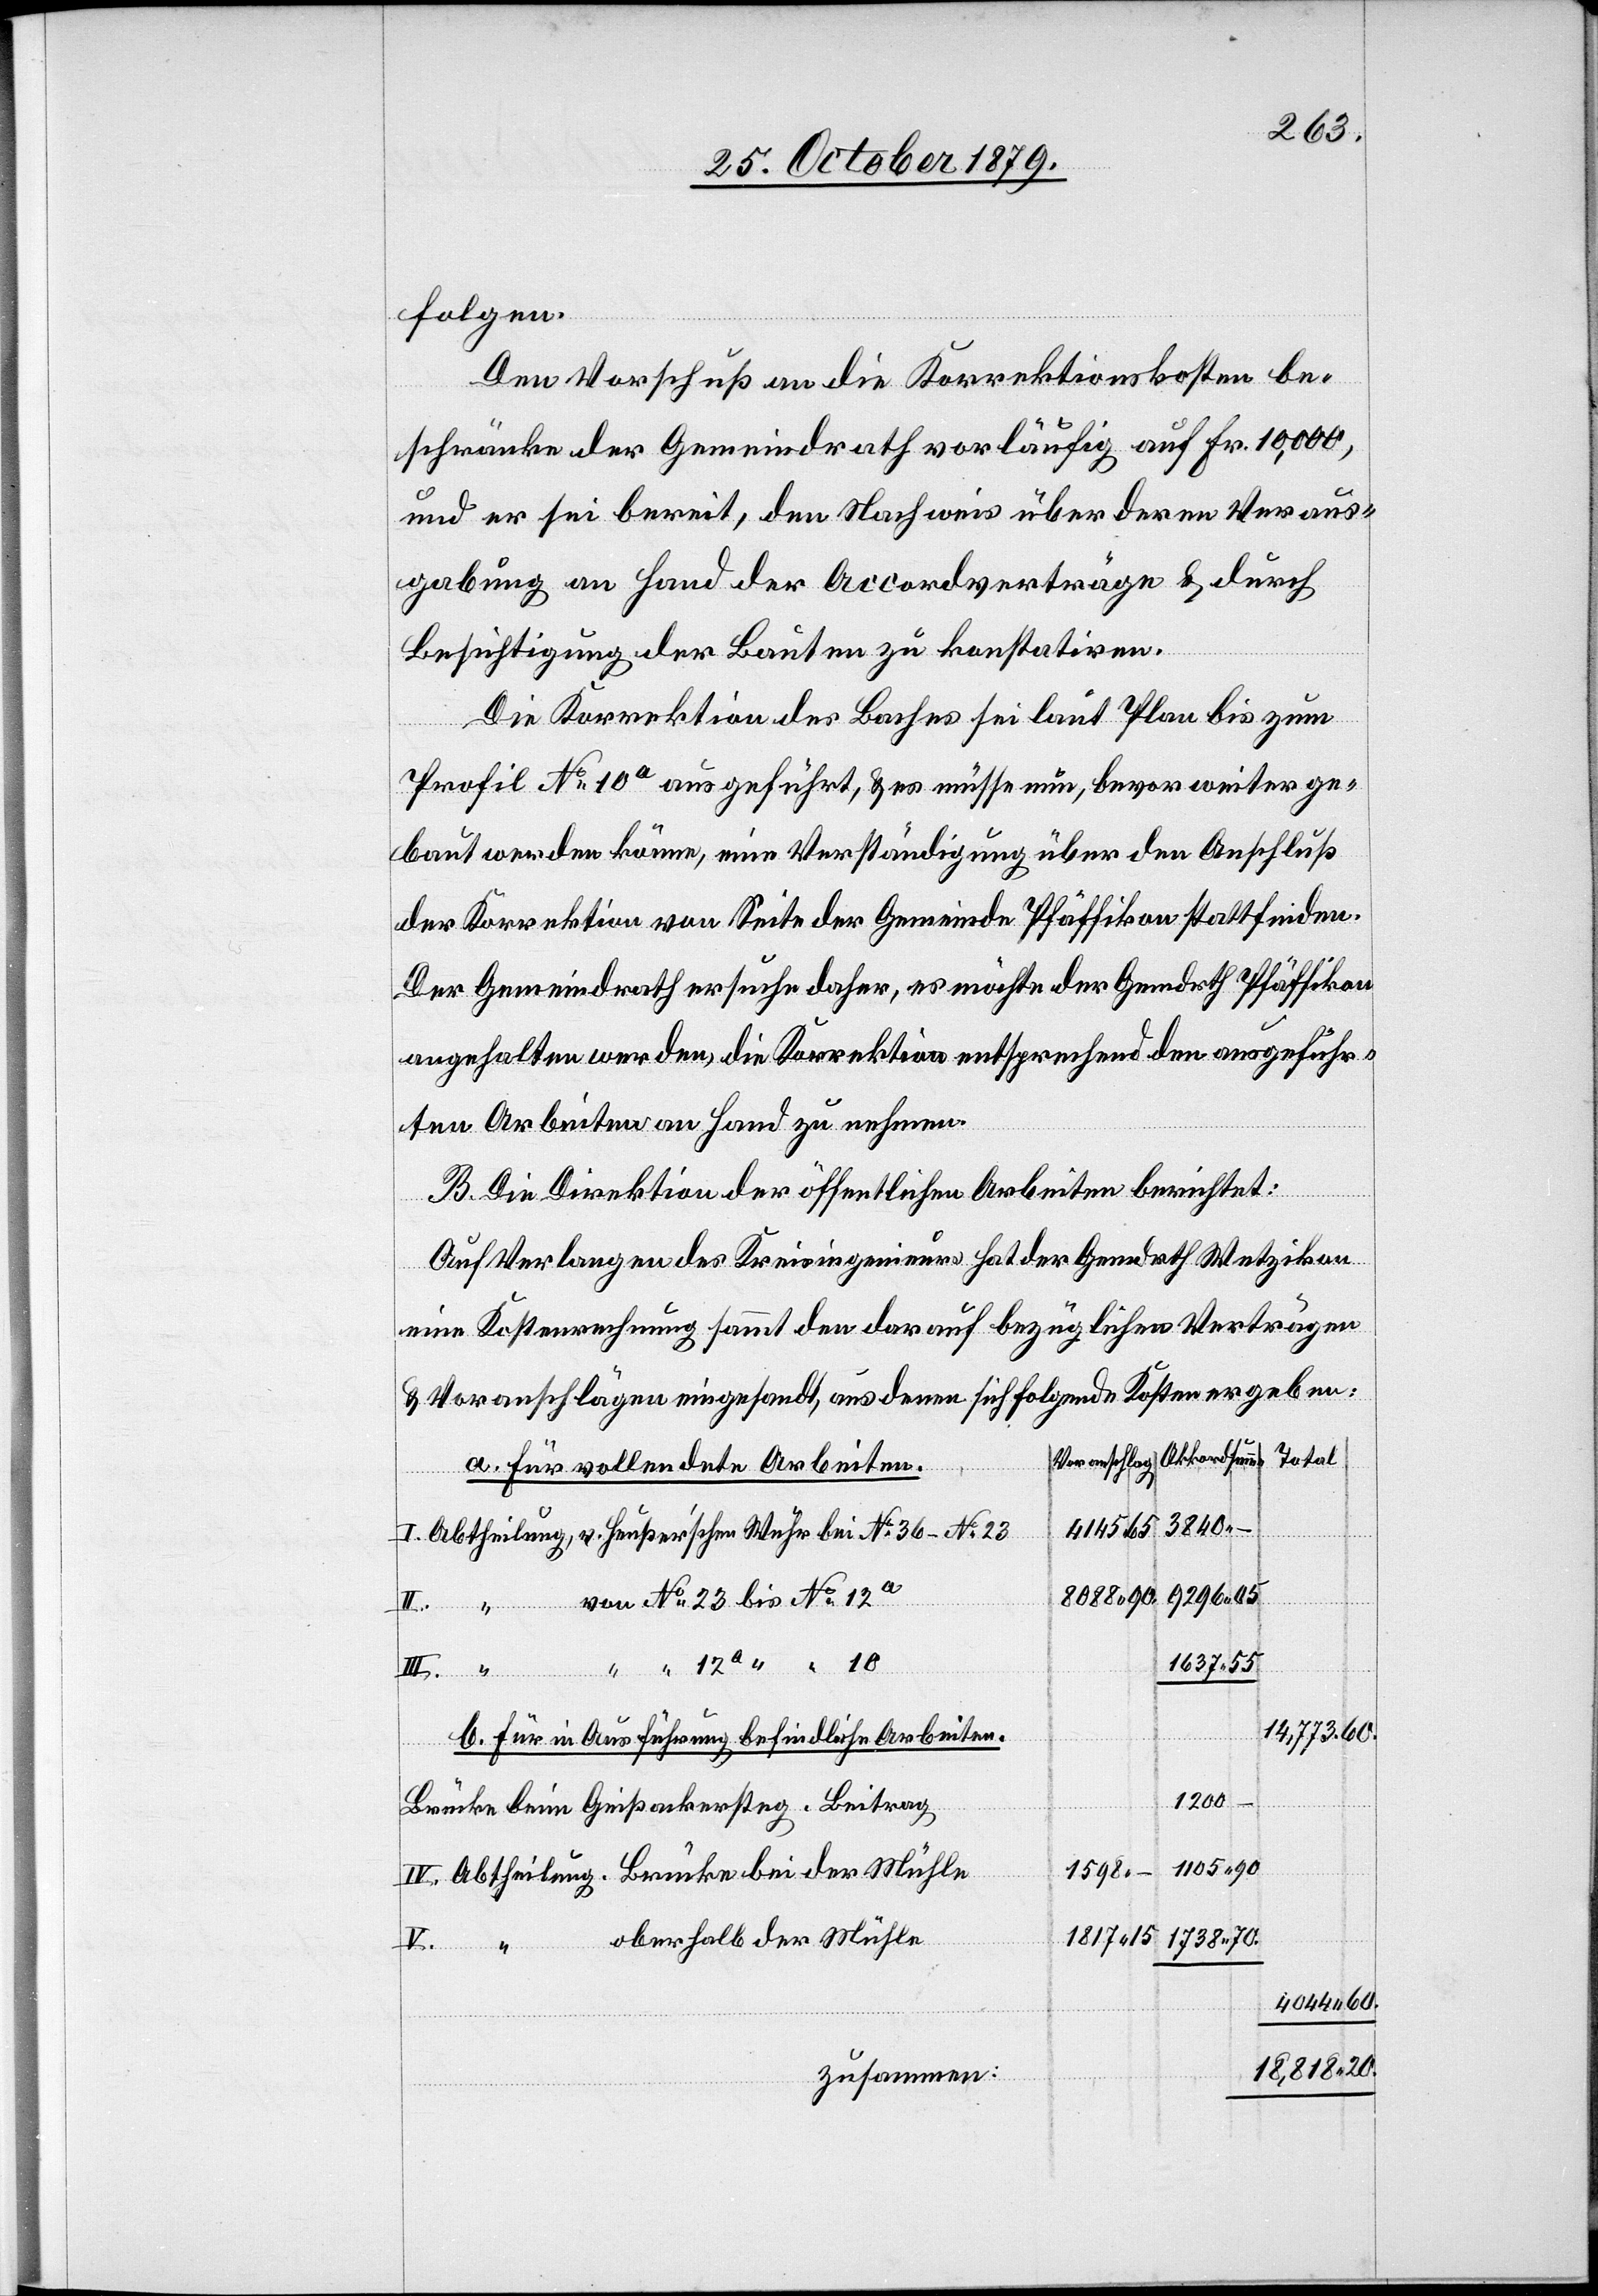
8088
folgen.
Den Vorschuß an die Korrektionskosten be¬
schränke der Gemeindrath vorläufig auf Fr. 10,000,
und er sei bereit, den Nachweis über deren Veraus¬
gabung an Hand der Accordverträge & durch
Besichtigung der Bauten zu konstatiren.
Die Korrektion des Baches sei laut Plan bis zum
Profil No 10 ausgeführt, & es müsse nun, bevor weiter ge¬
baut werden könne, eine Verständigung über den Anschluß
der Korrektion von Seite der Gemeinde Pfäffikon stattfinden.
Der Gemeindrath ersuche daher, es möchte der Gemdrth Pfäffikon
angehalten werden, die Korrektion entsprechend den ausgeführ¬
ten Arbeiten an Hand zu nehmen.
V.
B. Die Direktion der öffentlichen Arbeiten berichtet:
Auf Verlangen des Kreisingenieurs hat der Gemdrth Wetzikon
eine Kostenrechnung sammt den darauf bezüglichen Verträgen
& Voranschlägen eingesandt, aus denen sich folgende Kosten ergeben:
Total
a. für vollendete Arbeiten.
3840 –
4145 65
Abtheilung.
Mühle
von No 23 bis No 12a
II.
1637 55
14,773.60.
b. für in Ausführung befindliche Arbeiten.
1200
Brücke beim Geißackersteg. Beitrag
1105 90
1598.
der
1817 15
1738 70.
oberhalb der Mühle
4044 60.
18,818 20.
zusammen: